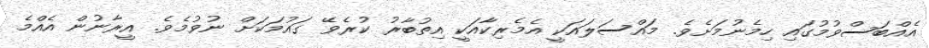
އެއްބަސްވުމުގައި ހިމެނުމަށެވެ. މައްސަލައަކީ އެމެރިކާއަކީ އިތުބާރު ކުރެވޭ ގައުމަކަށް ނުވުމެވެ. އީރާނުން އެއްމެ